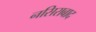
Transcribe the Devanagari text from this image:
नसिराबाद